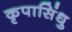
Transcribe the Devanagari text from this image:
कृपासिंधु